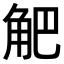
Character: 𧣃